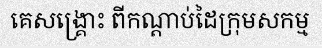
គេសង្គ្រោះ ពីកណ្តាប់ដៃក្រុមសកម្ម